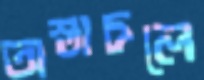
অস্তাচলে